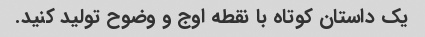
یک داستان کوتاه با نقطه اوج و وضوح تولید کنید.